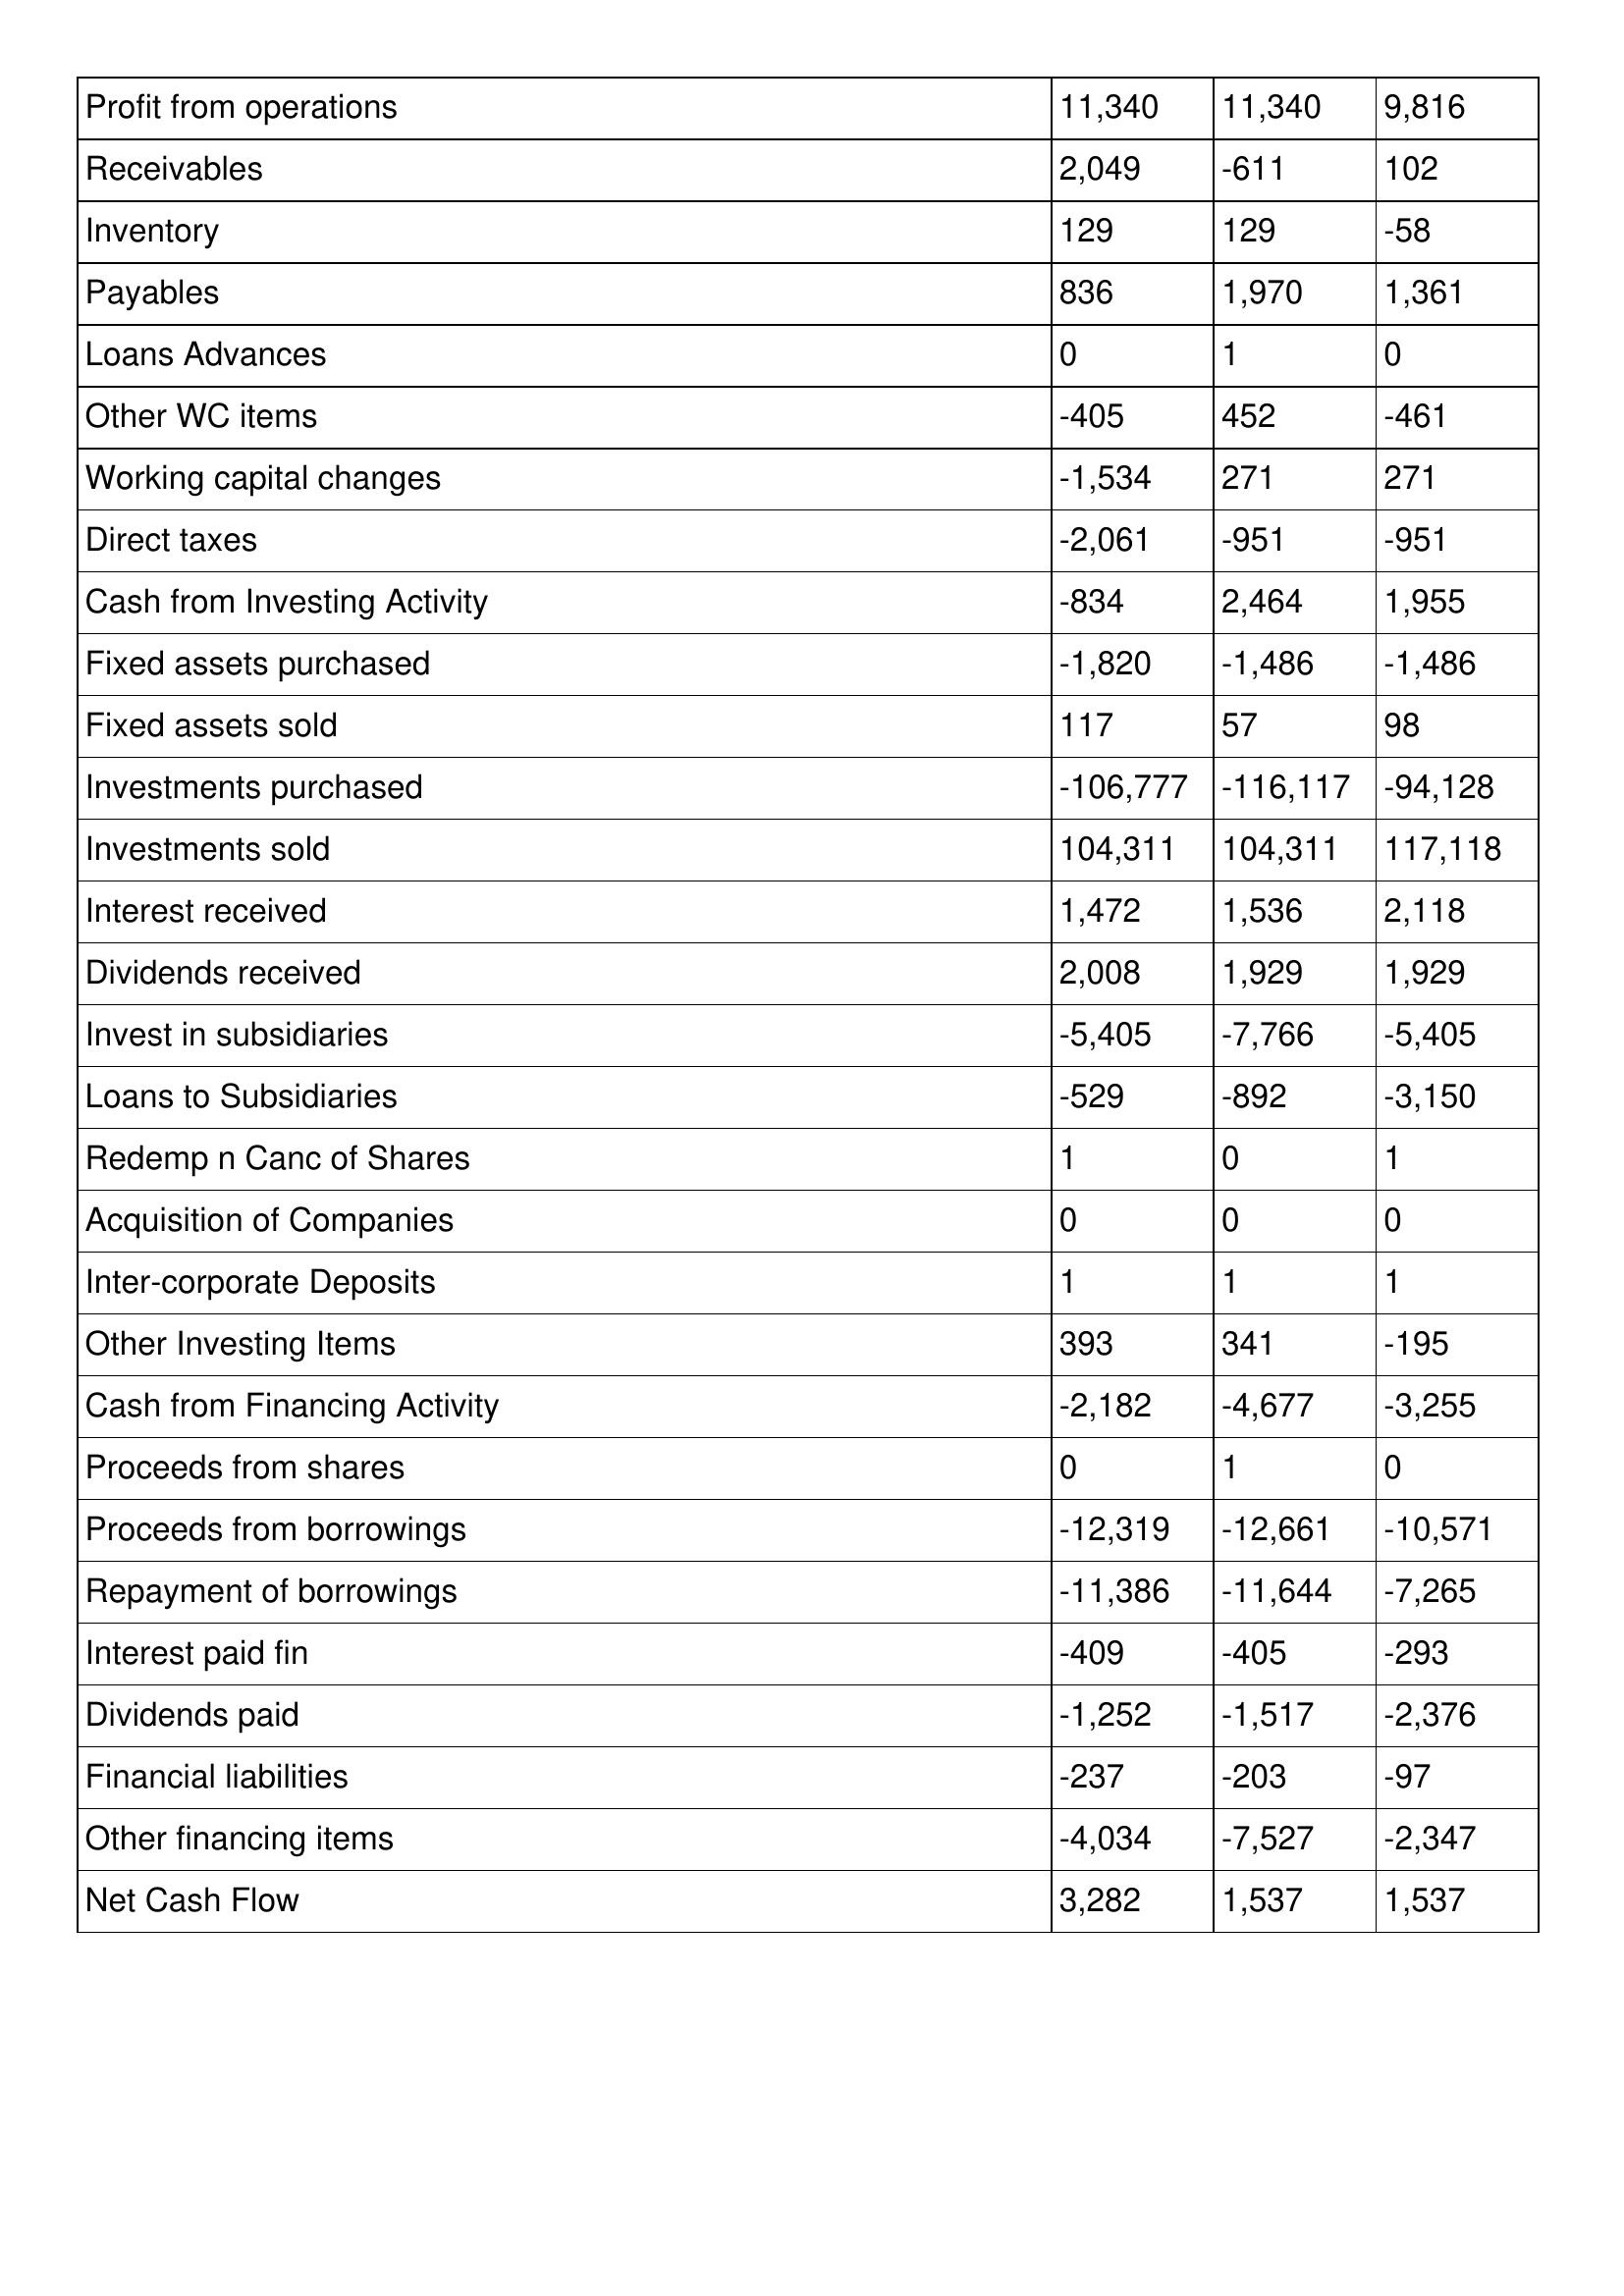
gt_parse: Apr-15: Cash Flows: Profit from operations: 11,340
Receivables: 2,049
Inventory: 129
Payables: 836
Loans Advances: 0
Other WC items: -405
Working capital changes: -1,534
Direct taxes: -2,061
Cash from Investing Activity: -834
Fixed assets purchased: -1,820
Fixed assets sold: 117
Investments purchased: -106,777
Investments sold: 104,311
Interest received: 1,472
Dividends received: 2,008
Invest in subsidiaries: -5,405
Loans to Subsidiaries: -529
Redemp n Canc of Shares: 1
Acquisition of Companies: 0
Inter-corporate Deposits: 1
Other Investing Items: 393
Cash from Financing Activity: -2,182
Proceeds from shares: 0
Proceeds from borrowings: -12,319
Repayment of borrowings: -11,386
Interest paid fin: -409
Dividends paid: -1,252
Financial liabilities: -237
Other financing items: -4,034
Net Cash Flow: 3,282
Apr-14: Cash Flows: Profit from operations: 11,340
Receivables: -611
Inventory: 129
Payables: 1,970
Loans Advances: 1
Other WC items: 452
Working capital changes: 271
Direct taxes: -951
Cash from Investing Activity: 2,464
Fixed assets purchased: -1,486
Fixed assets sold: 57
Investments purchased: -116,117
Investments sold: 104,311
Interest received: 1,536
Dividends received: 1,929
Invest in subsidiaries: -7,766
Loans to Subsidiaries: -892
Redemp n Canc of Shares: 0
Acquisition of Companies: 0
Inter-corporate Deposits: 1
Other Investing Items: 341
Cash from Financing Activity: -4,677
Proceeds from shares: 1
Proceeds from borrowings: -12,661
Repayment of borrowings: -11,644
Interest paid fin: -405
Dividends paid: -1,517
Financial liabilities: -203
Other financing items: -7,527
Net Cash Flow: 1,537
Apr-13: Cash Flows: Profit from operations: 9,816
Receivables: 102
Inventory: -58
Payables: 1,361
Loans Advances: 0
Other WC items: -461
Working capital changes: 271
Direct taxes: -951
Cash from Investing Activity: 1,955
Fixed assets purchased: -1,486
Fixed assets sold: 98
Investments purchased: -94,128
Investments sold: 117,118
Interest received: 2,118
Dividends received: 1,929
Invest in subsidiaries: -5,405
Loans to Subsidiaries: -3,150
Redemp n Canc of Shares: 1
Acquisition of Companies: 0
Inter-corporate Deposits: 1
Other Investing Items: -195
Cash from Financing Activity: -3,255
Proceeds from shares: 0
Proceeds from borrowings: -10,571
Repayment of borrowings: -7,265
Interest paid fin: -293
Dividends paid: -2,376
Financial liabilities: -97
Other financing items: -2,347
Net Cash Flow: 1,537